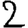
Digit: 2